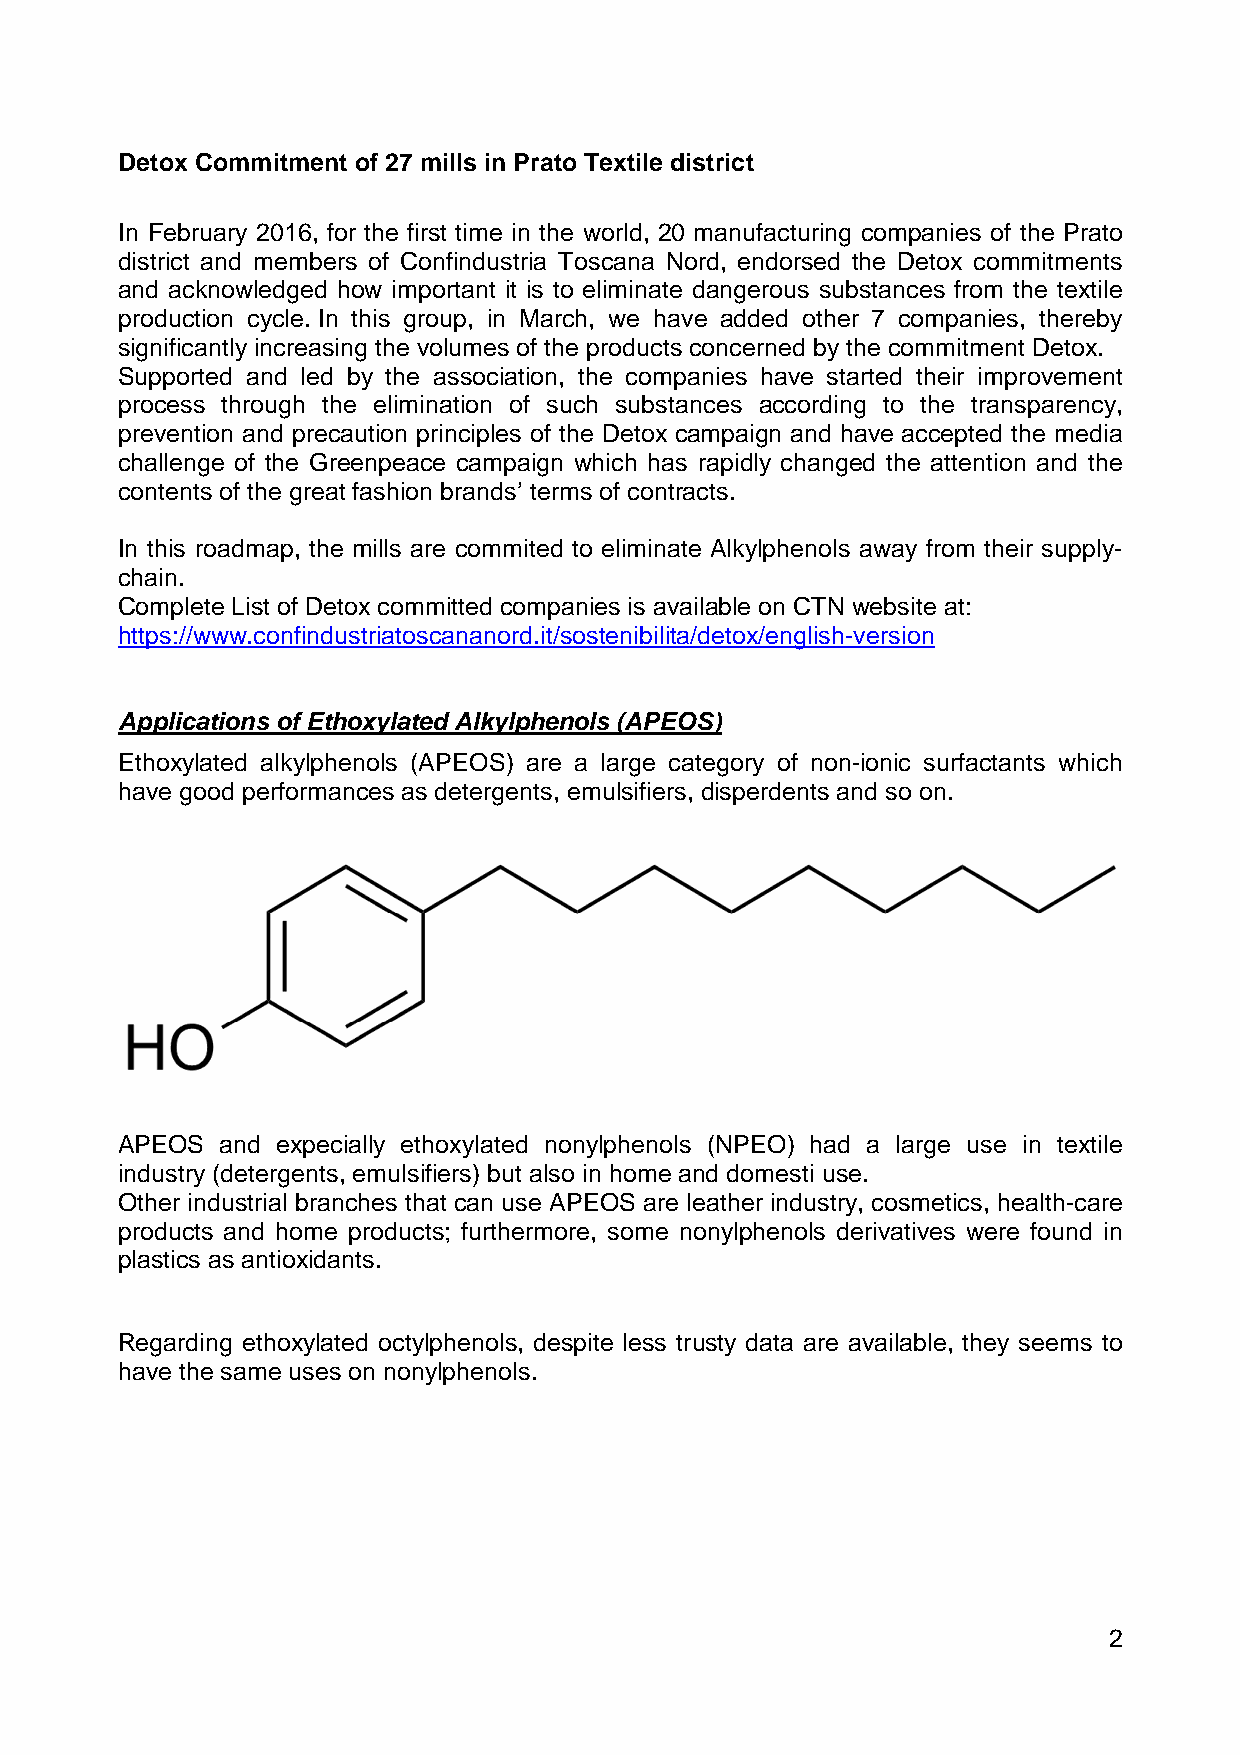
Detox Commitment of 27 mills in Prato Textile district
 In February 2016, for the first time in the world, 20 manufacturing companies of the Prato
 district and members of Confindustria Toscana Nord, endorsed the Detox commitments
 and acknowledged how important it is to eliminate dangerous substances from the textile
 production cycle. In this group, in March, we have added other 7 companies, thereby
 significantly increasing the volumes of the products concerned by the commitment Detox.
 Supported and led by the association, the companies have started their improvement
 process through the elimination of such substances according to the transparency,
 prevention and precaution principles of the Detox campaign and have accepted the media
 challenge of the Greenpeace campaign which has rapidly changed the attention and the
 contents of the great fashion brands’ terms of contracts.
 In this roadmap, the mills are commited to eliminate Alkylphenols away from their supply-
 chain.
 Complete List of Detox committed companies is available on CTN website at:
 https://www.confindustriatoscananord.it/sostenibilita/detox/english-version
 Applications of Ethoxylated Alkylphenols (APEOS)
 Ethoxylated alkylphenols (APEOS) are a large category of non-ionic surfactants which
 have good performances as detergents, emulsifiers, disperdents and so on.
 APEOS  and expecially ethoxylated nonylphenols (NPEO) had a large use in textile
 industry (detergents, emulsifiers) but also in home and domesti use.
 Other industrial branches that can use APEOS are leather industry, cosmetics, health-care
 products and home products; furthermore, some nonylphenols derivatives were found in
 plastics as antioxidants.
 Regarding ethoxylated octylphenols, despite less trusty data are available, they seems to
 have the same uses on nonylphenols.
 2